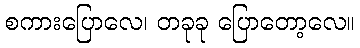
စကားပြောလေ၊ တခုခု ပြောတော့လေ။